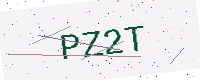
Text: PZ2T